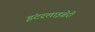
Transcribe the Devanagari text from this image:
इंटरलाइब्रेरी